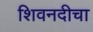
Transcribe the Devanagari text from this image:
शिवनदीचा